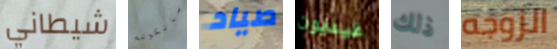
شيطاني مالكولم صياد غيديون ذلك الزوجه